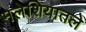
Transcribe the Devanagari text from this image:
मलेशियातले